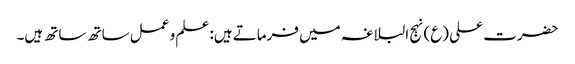
حضرت علی (ع) نہج البلاغہ میں فرماتے ہیں: علم و عمل ساتھ ساتھ ہیں۔